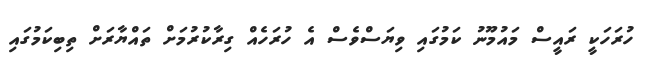
ހުރަހަކީ ރައީސް މައުމޫނު ކަމުގައި ވިޔަސްވެސް އެ ހުރަހެއް ގިރާކުރުމަށް ތައްޔާރަށް ތިބިކަމުގައި